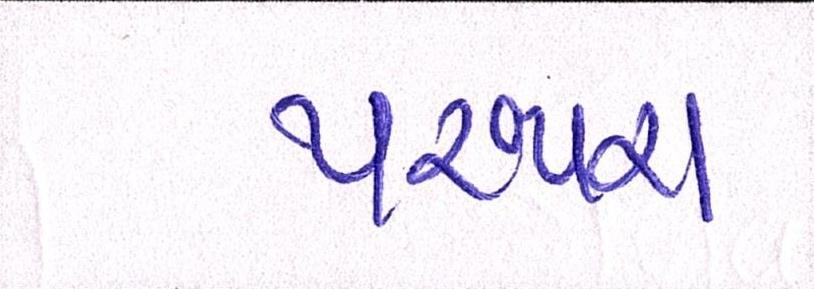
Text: પરંપરા